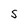
Character: S